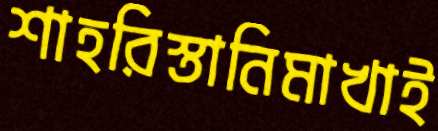
শাহরিস্তানিমাখাই